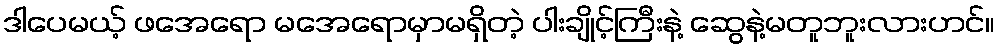
ဒါပေမယ့် ဖအေရော မအေရောမှာမရှိတဲ့ ပါးချိုင့်ကြီးနဲ့ ဆွေနဲ့မတူဘူးလားဟင်။